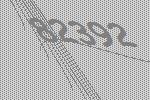
82392